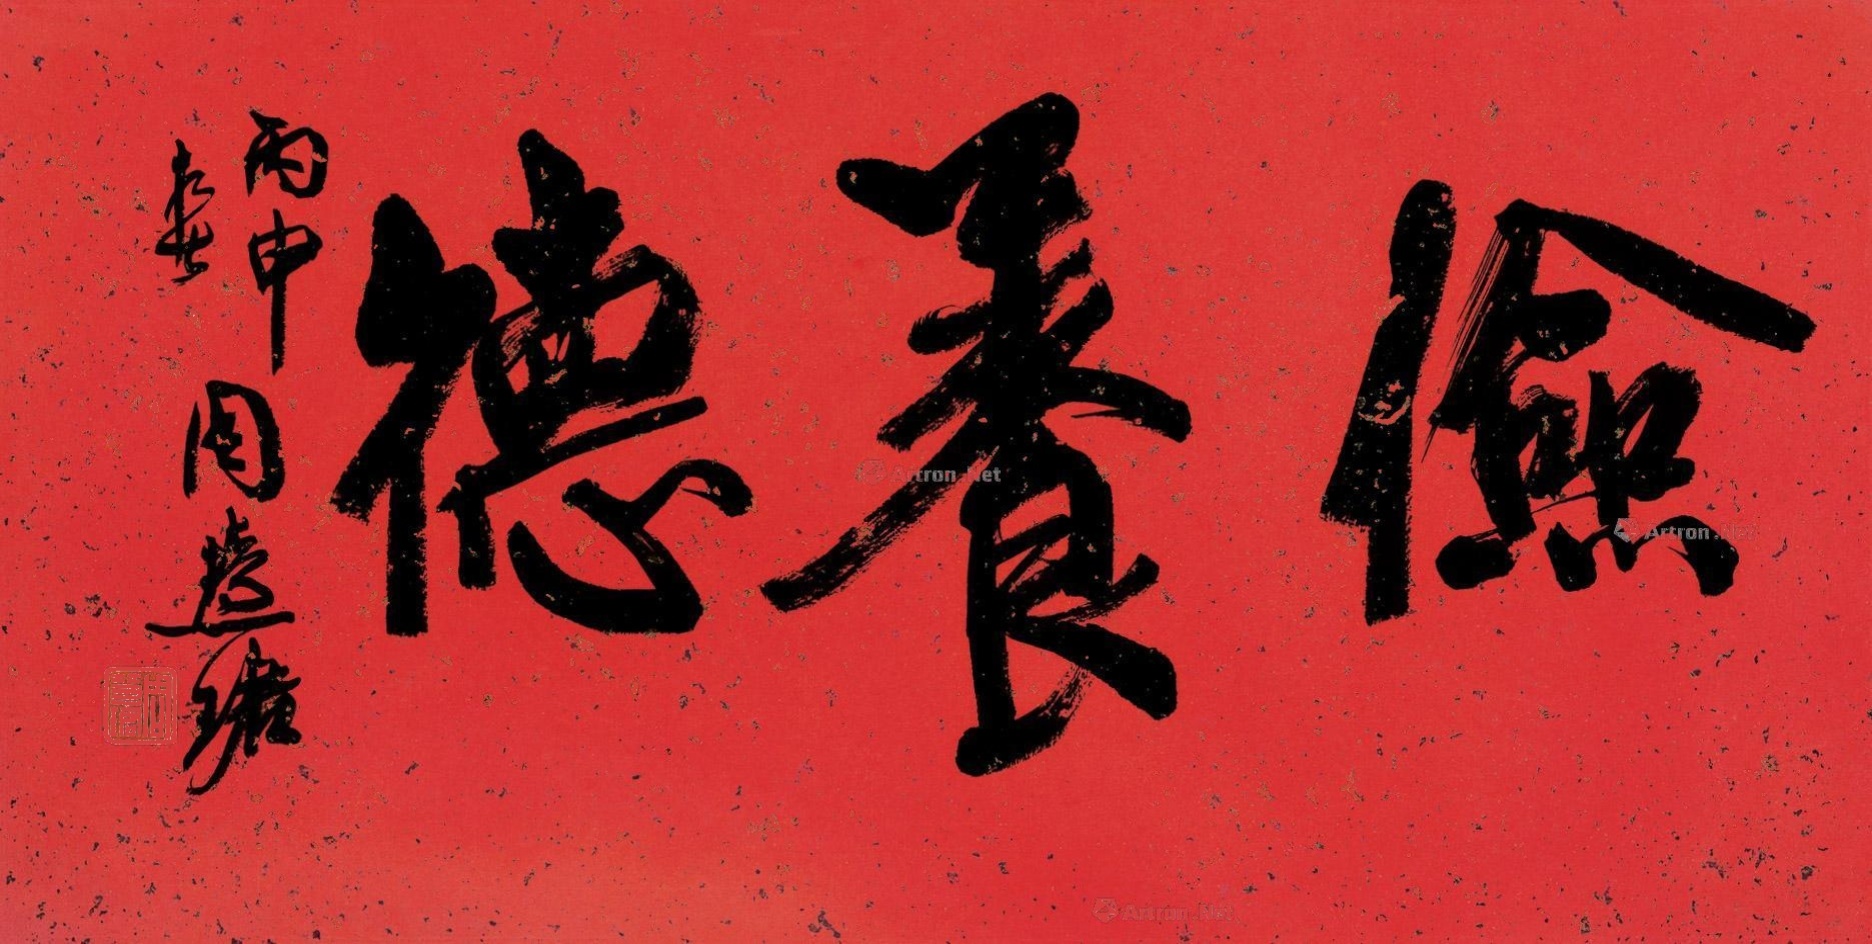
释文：俭养德丙申春，周慧珺。